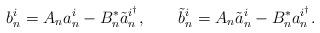
LaTeX: \begin{align*}b^i_n = A_n a^i_n - B^*_n \tilde{a}^{i^\dagger}_n, \qquad\tilde{b}^i_n = A_n \tilde{a}^i_n - B^*_n a^{i^\dagger}_n.\end{align*}